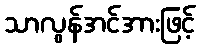
သာလွန်အင်အားဖြင့်